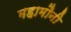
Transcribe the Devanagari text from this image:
महामौनी